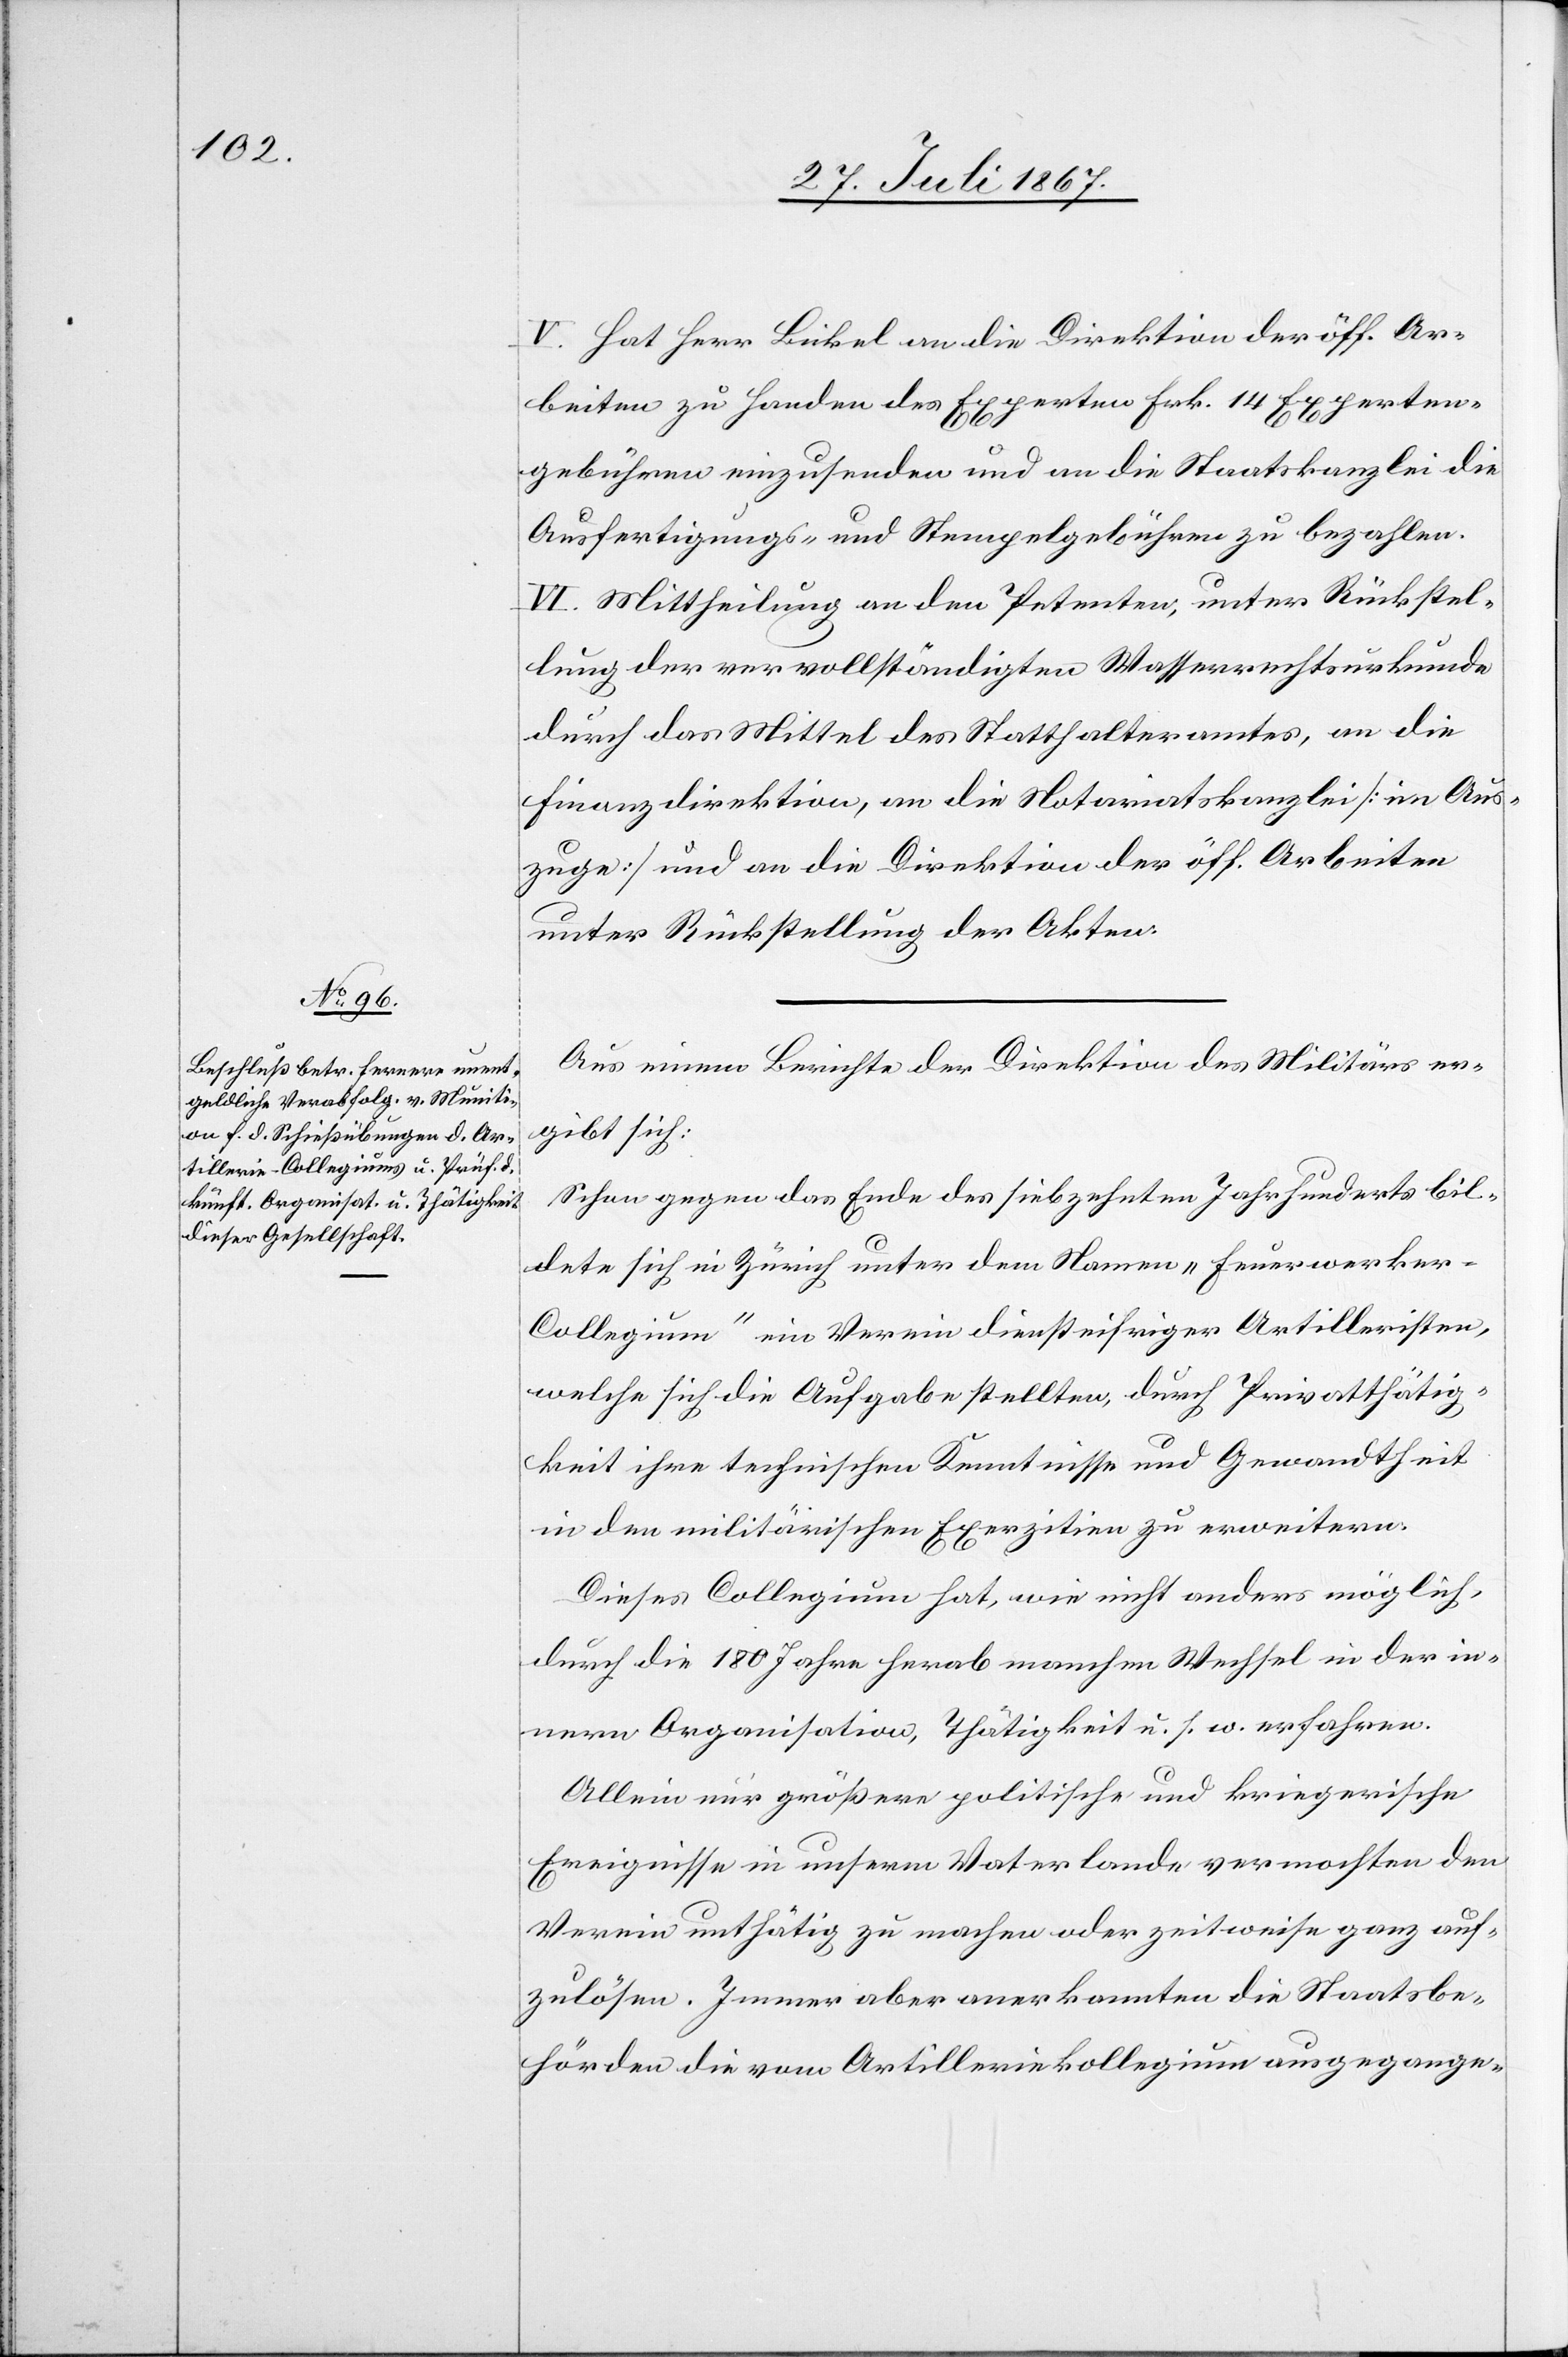
V. Hat Herr Bickel an die Direktion der öff. Ar¬
beiten zu Handen des Experten Frk. 14 Experten¬
gebühren einzusenden und an die Staatskanzlei die
Ausfertigungs- und Stempelgebühren zu bezahlen.
VI. Mittheilung an den Petenten, unter Rückstel¬
lung der vervollständigten Wasserrechtsurkunde
durch das Mittel des Statthalteramtes, an die
Finanzdirektion, an die Notariatskanzlei [im Aus¬
zuge] und an die Direktion der öff. Arbeiten
unter Rückstellung der Akten.
Aus einem Berichte der Direktion des Militärs er¬
gibt sich:
Schon gegen das Ende des siebzehnten Jahrhunderts bil¬
dete sich in Zürich unter dem Namen „Feuerwerke¬
r-Collegium“ ein Verein diensteifriger Artilleristen,
welche sich die Aufgabe stellten, durch Privatthätig¬
keit ihre technischen Kenntnisse und Gewandtheit
in den militärischen Exerzitien zu erweitern.
Dieses Collegium hat, wie nicht anders möglich
durch die 180 Jahre herab manchen Wechsel in der in¬
nern Organisation, Thätigkeit u. s. w. erfahren.
Allein nur größere politische und kriegerische
Ereignisse in unserm Vaterlande vermochten den
Verein unthätig zu machen oder zeitweise ganz auf¬
zulösen. Immer aber anerkannten die Staatsbe¬
hörden die vom Artilleriekollegium ausgegange-